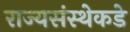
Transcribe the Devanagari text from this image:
राज्यसंस्थेकडे